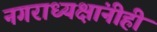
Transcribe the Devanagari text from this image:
नगराध्यक्षांनीही